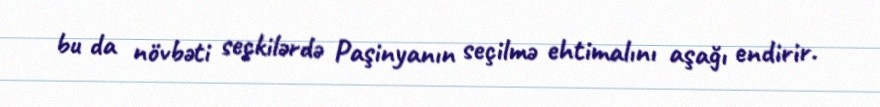
bu da növbəti seçkilərdə Paşinyanın seçilmə ehtimalını aşağı endirir.